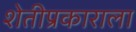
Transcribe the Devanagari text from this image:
शेतीप्रकाराला